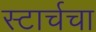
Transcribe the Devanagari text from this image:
स्टार्चचा